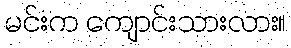
မင်းက ကျောင်းသားလား။